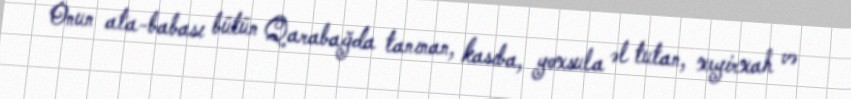
Onun ata-babası bütün Qarabağda tanınan, kasıba, yoxsula əl tutan, xeyirxah və